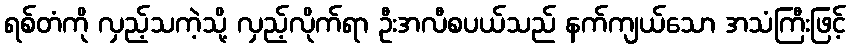
ရစ်တံကို လှည့်သကဲ့သို့ လှည့်လိုက်ရာ ဦးအလီစပယ်သည် နက်ကျယ်သော အသံကြီးဖြင့်